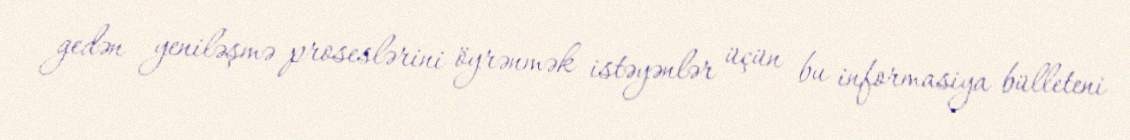
gedən yeniləşmə proseslərini öyrənmək istəyənlər üçün bu informasiya bülleteni